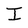
Character: I